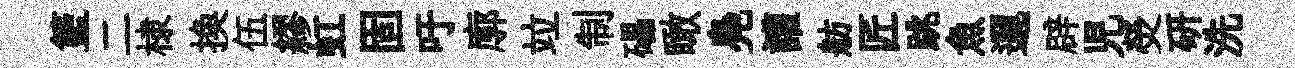
籃二棣换伍繆虹固吁廓竝制礧瞰鳧讙舫匠跳魚邐辟児熒硏洗